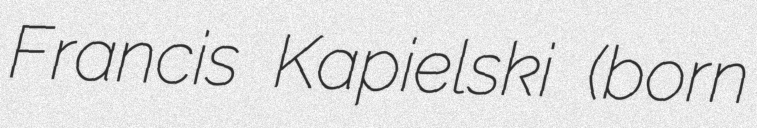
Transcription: Francis Kapielski (born